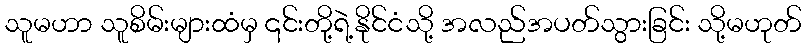
သူမဟာ သူစိမ်းများထံမှ ၎င်းတို့ရဲ့နိုင်ငံသို့ အလည်အပတ်သွားခြင်း သို့မဟုတ်